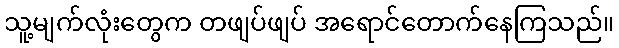
သူ့မျက်လုံးတွေက တဖျပ်ဖျပ် အရောင်တောက်နေကြသည်။